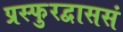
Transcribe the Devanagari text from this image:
प्रस्फुरद्वाससं